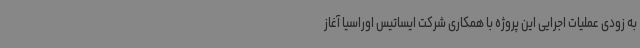
به زودی عملیات اجرایی این پروژه با همکاری شرکت ایساتیس اوراسیا آغاز